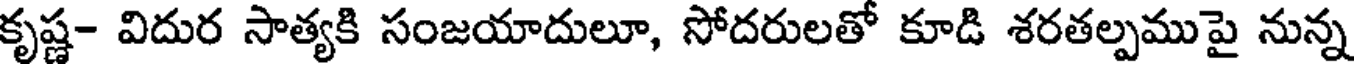
కృష్ణ- విదుర సాత్యకి సంజయాదులూ, సోదరులతో కూడి శరతల్పముపై నున్న